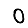
Digit: 0